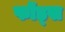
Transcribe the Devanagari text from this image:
फोंड्स